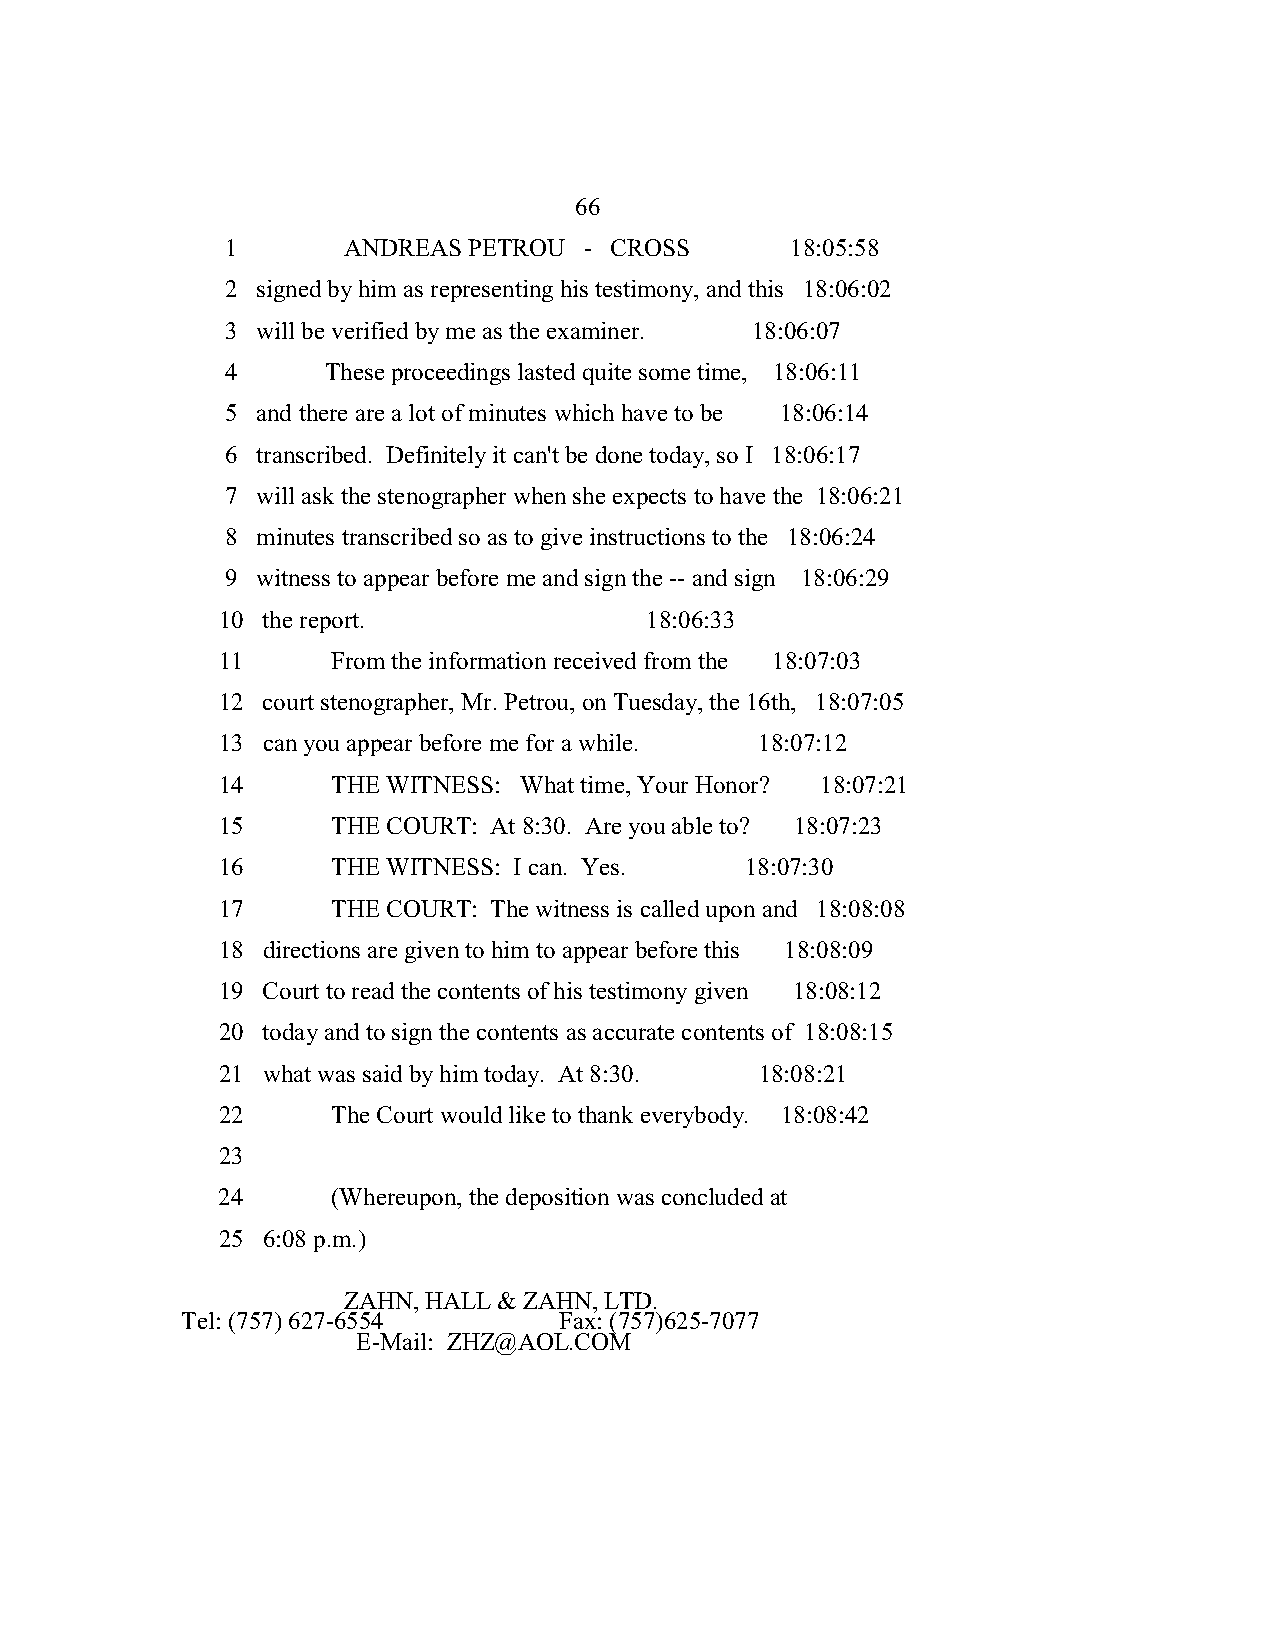
66
 1       ANDREAS PETROU  - CROSS      18:05:58
 2 signed by him as representing his testimony, and this 18:06:02
 3 will be verified by me as the examiner. 18:06:07
 4      These proceedings lasted quite some time, 18:06:11
 5 and there are a lot of minutes which have to be 18:06:14
 6 transcribed. Definitely it can't be done today, so I 18:06:17
 7 will ask the stenographer when she expects to have the 18:06:21
 8 minutes transcribed so as to give instructions to the 18:06:24
 9 witness to appear before me and sign the -- and sign 18:06:29
 10 the report.               18:06:33
 11      From the information received from the 18:07:03
 12 court stenographer, Mr. Petrou, on Tuesday, the 16th, 18:07:05
 13 can you appear before me for a while. 18:07:12
 14      THE WITNESS: What time, Your Honor? 18:07:21
 15      THE COURT: At 8:30. Are you able to? 18:07:23
 16      THE WITNESS: I can. Yes.   18:07:30
 17      THE COURT: The witness is called upon and 18:08:08
 18 directions are given to him to appear before this 18:08:09
 19 Court to read the contents of his testimony given 18:08:12
 20 today and to sign the contents as accurate contents of 18:08:15
 21 what was said by him today. At 8:30. 18:08:21
 22      The Court would like to thank everybody. 18:08:42
 23
 24      (Whereupon, the deposition was concluded at
 25 6:08 p.m.)
 ZAHN, HALL & ZAHN, LTD.
 Tel: (757) 627-6554      Fax: (757)625-7077
 E-Mail: ZHZ@AOL.COM